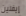
إيفلين